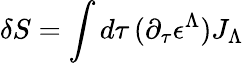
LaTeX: \delta S=\int d\tau\, (\partial_{\tau}\epsilon^{\Lambda})J_{\Lambda}